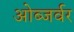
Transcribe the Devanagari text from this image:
ओब्जर्वर